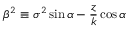
\beta ^ { 2 } \equiv \sigma ^ { 2 } \sin { \alpha } - \frac { z } { k } \cos { \alpha }